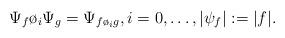
LaTeX: \begin{align*}\Psi_f \o_i \Psi_g = \Psi_{f\o_i g}, i= 0,\ldots,|\psi_f| :=|f|.\end{align*}